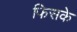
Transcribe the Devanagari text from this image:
फिसके